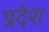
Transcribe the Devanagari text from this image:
प्रदेश्‍ा